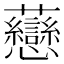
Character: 𧆎